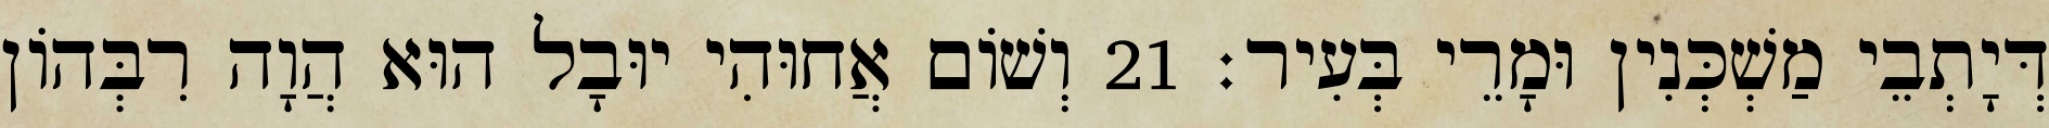
דְּיָתְבֵי מַשְׁכְּנִין וּמָרֵי בְּעִיר׃ 21 וְשׁוֹם אֲחוּהִי יוּבָל הוּא הֲוָה רִבְּהוֹן